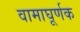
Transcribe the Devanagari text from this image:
वामाघूर्णक